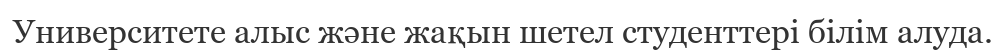
Университете алыс және жақын шетел студенттері білім алуда.